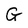
Character: G